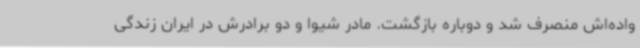
واده‌اش منصرف شد و دوباره بازگشت. مادر شیوا و دو برادرش در ایران زندگی